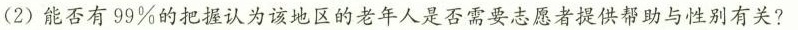
(2)能否有99%的把握认为该地区的老年人是否需要志愿者提供帮助与性别有关?